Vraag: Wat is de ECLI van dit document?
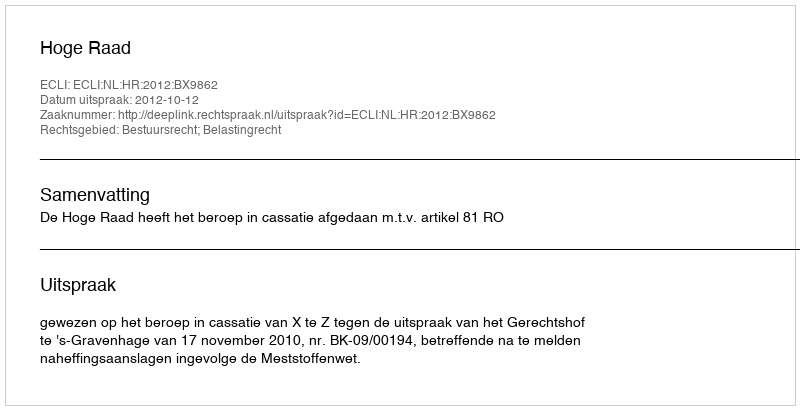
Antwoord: ECLI:NL:HR:2012:BX9862